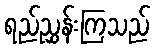
ရည်ညွှန်းကြသည်